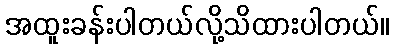
အထူးခန်းပါတယ်လို့သိထားပါတယ်။